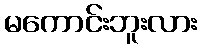
မကောင်းဘူးလား